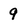
Character: 9